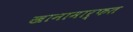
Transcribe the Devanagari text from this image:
खानामार्फत